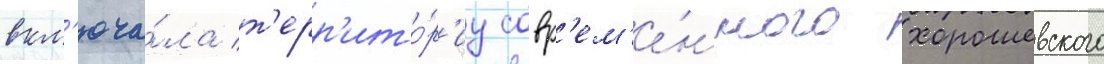
вкл'юча́ла т'ерр'ито́р'иу совр'ем'е́нного хорошевского